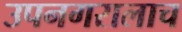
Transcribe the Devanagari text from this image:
उपनगरालाच